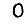
Digit: 0